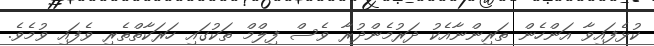
ކުޅެފައިވާ އަންހެން ތަރިންނާއެކު ދަރުމެންދުރާ ވެސް ފިލްމް ތަކުގައި ހަރަކާތްތެރި ވެފައި ވުމެވެ.